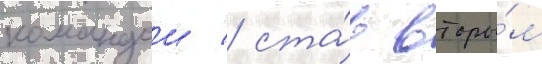
командои / ста́в вторы́м